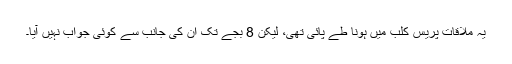
یہ ملاقات پریس کلب میں ہونا طے پائی تھی، لیکن 8 بجے تک ان کی جانب سے کوئی جواب نہیں آیا۔